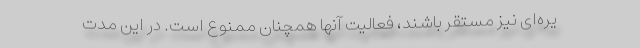
یره‌ای نیز مستقر باشند، فعالیت آنها همچنان ممنوع است. در این مدت